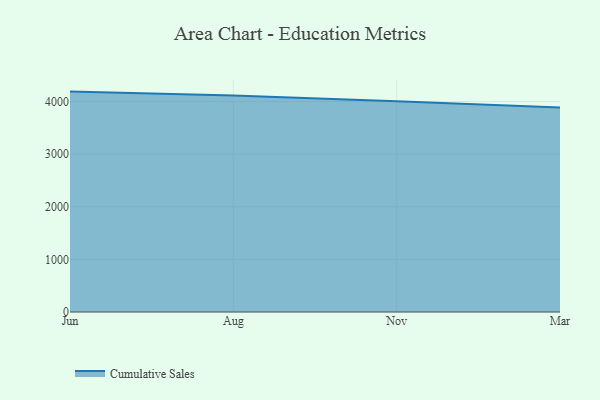
{"axis": {"x": "Month", "y": "Backlog"}, "legend": ["Cumulative Sales"], "data": [{"x": "Jun", "y": 4189.8, "type": "Cumulative Sales"}, {"x": "Aug", "y": 4114.0, "type": "Cumulative Sales"}, {"x": "Nov", "y": 4007.5, "type": "Cumulative Sales"}, {"x": "Mar", "y": 3888.5, "type": "Cumulative Sales"}]}